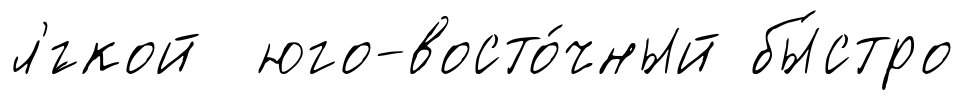
л'́гкой юго-восто́чный бы́стро